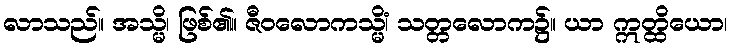
လာသည်။ အသ္မိ၊ ဖြစ်၏။ ဇီဝလောကသ္မိံ၊ သတ္တလောက၌။ ယာ ဣတ္ထိယော၊